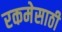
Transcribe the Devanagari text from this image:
रकमेसाठी